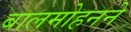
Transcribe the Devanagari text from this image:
बालमोहनने